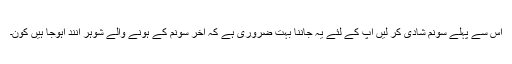
اس سے پہلے سونم شادی کر لیں آپ کے لئے یہ جاننا بہت ضروری ہے کہ آخر سونم کے ہونے والے شوہر آنند آہوجا ہیں کون۔